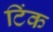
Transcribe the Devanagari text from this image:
टिंक